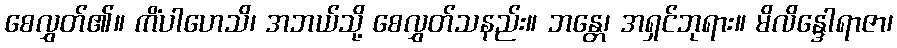
စေလွှတ်၏။ ကိံပါဟေသိ၊ အဘယ်သို့ စေလွှတ်သနည်း။ ဘန္တေ၊ အရှင်ဘုရား။ မိလိန္ဒေါရာဇာ၊